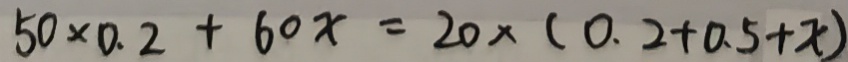
5 0 \times 0 . 2 + 6 0 x = 2 0 \times ( 0 . 2 + 0 . 5 + x )